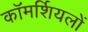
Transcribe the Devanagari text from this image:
कॉमर्शियलों